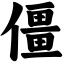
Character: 僵